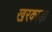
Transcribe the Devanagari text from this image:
खरकाड़ा